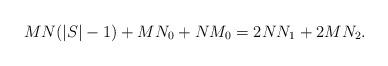
LaTeX: \begin{align*}MN(|S|-1)+MN_0+NM_0=2NN_1+2MN_2.\end{align*}